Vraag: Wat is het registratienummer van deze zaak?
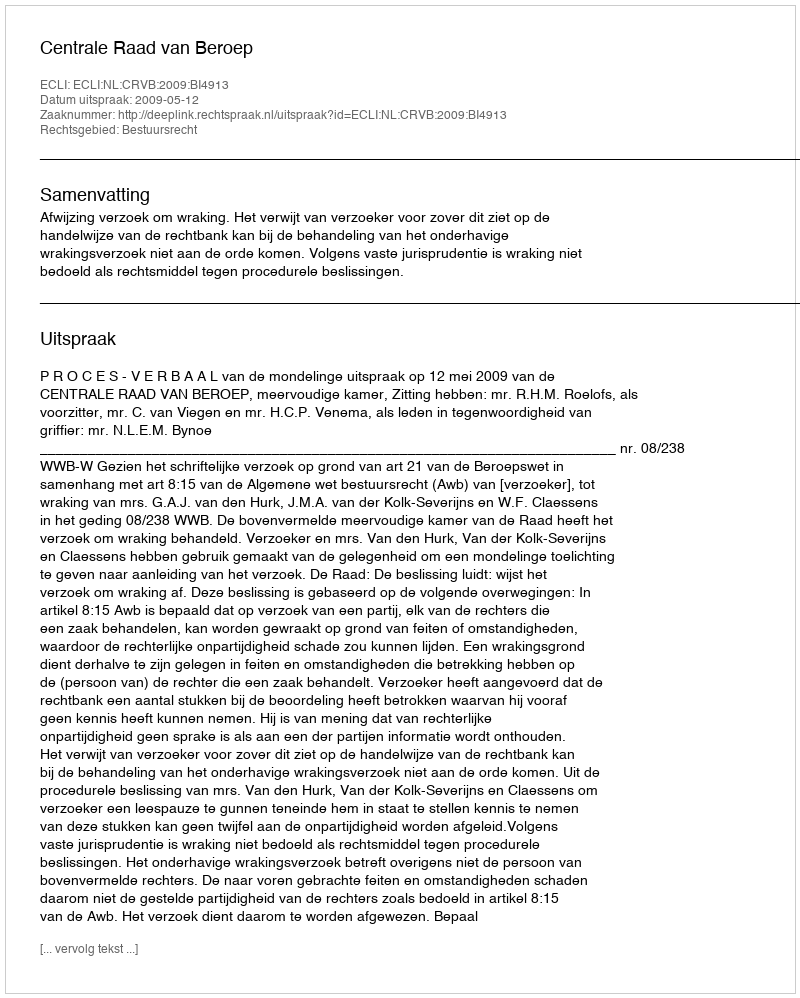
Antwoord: http://deeplink.rechtspraak.nl/uitspraak?id=ECLI:NL:CRVB:2009:BI4913